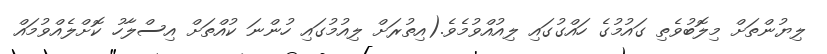
ލިޔުންތަށް މިލޮބުވެތި ގައުމުގެ ހައްގުގައި ލިއުއްވުމެވެ.(އިތުރަށް ލިއުމުގައި ހުންނަ ކުއްތަށް އިސްލާހު ކޮށްލެއްވުމައް